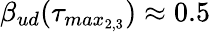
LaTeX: \beta_{ud}(\tau_{max_{2,3}})\approx 0.5